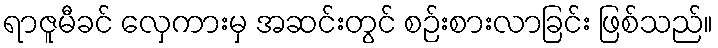
ရာဇူမီခင် လှေကားမှ အဆင်းတွင် စဉ်းစားလာခြင်း ဖြစ်သည်။